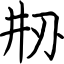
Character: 刱